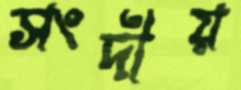
সংদীয়